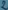
Text: 2